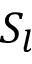
S _ { l }